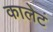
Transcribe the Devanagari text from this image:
कालेटं